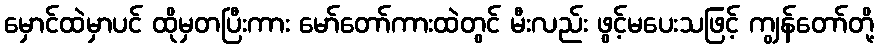
မှောင်ထဲမှာပင် ထိုမှတပြီးကား မော်တော်ကားထဲတွင် မီးလည်း ဖွင့်မပေးသဖြင့် ကျွန်တော်တို့